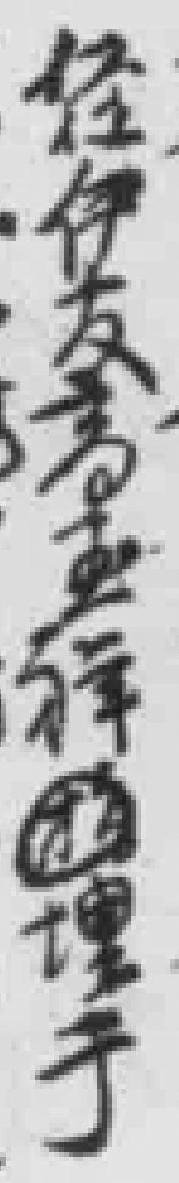
经伊友高玉祥掩埋于